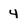
Character: 4